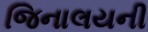
જિનાલયની